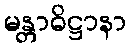
မန္တာဓိဋ္ဌာနာ